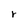
Character: r